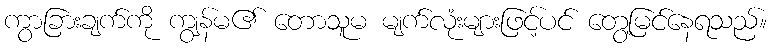
ကွာခြားချက်ကို ကျွန်မ၏ တောသူမ မျက်လုံးများဖြင့်ပင် တွေ့မြင်နေရသည်။